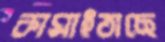
কামাইতাছে